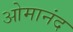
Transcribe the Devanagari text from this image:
ओमानंद